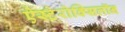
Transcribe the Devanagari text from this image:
ऐस्टेरोक्सिलॉन